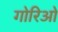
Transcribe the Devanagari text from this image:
गोरिओ